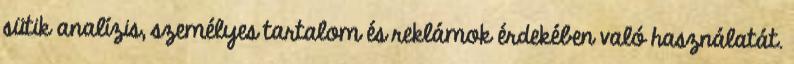
sütik analízis, személyes tartalom és reklámok érdekében való használatát.